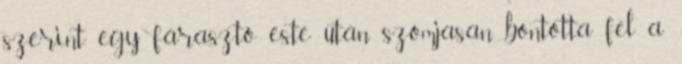
szerint egy fárasztó este után szomjasan bontotta fel a